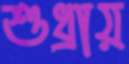
শুধ্‌রায়